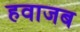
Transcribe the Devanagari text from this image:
हवाजब